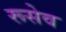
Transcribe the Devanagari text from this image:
रूसेव